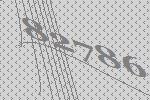
82786